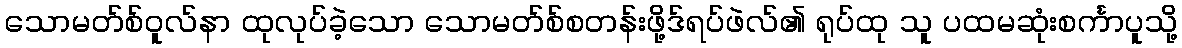
သောမတ်စ်ဝူလ်နာ ထုလုပ်ခဲ့သော သောမတ်စ်စတန်းဖို့ဒ်ရပ်ဖဲလ်၏ ရုပ်ထု သူ ပထမဆုံးစင်္ကာပူသို့